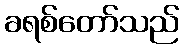
ခရစ်တော်သည်